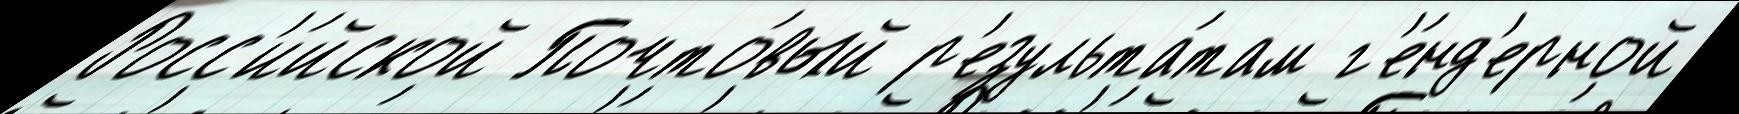
Росс'и́йской Почто́вый р'езульта́там г'е́нд'ерной